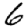
Digit: 6